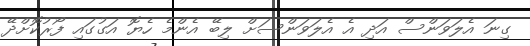
ގިނަ އެލަވަންސް އަދި އެ އެލަވަންސަށް ލިބޭ އެންމެ ހެޔޮ އަގުގައި ފޯރުކޮށްދޭ